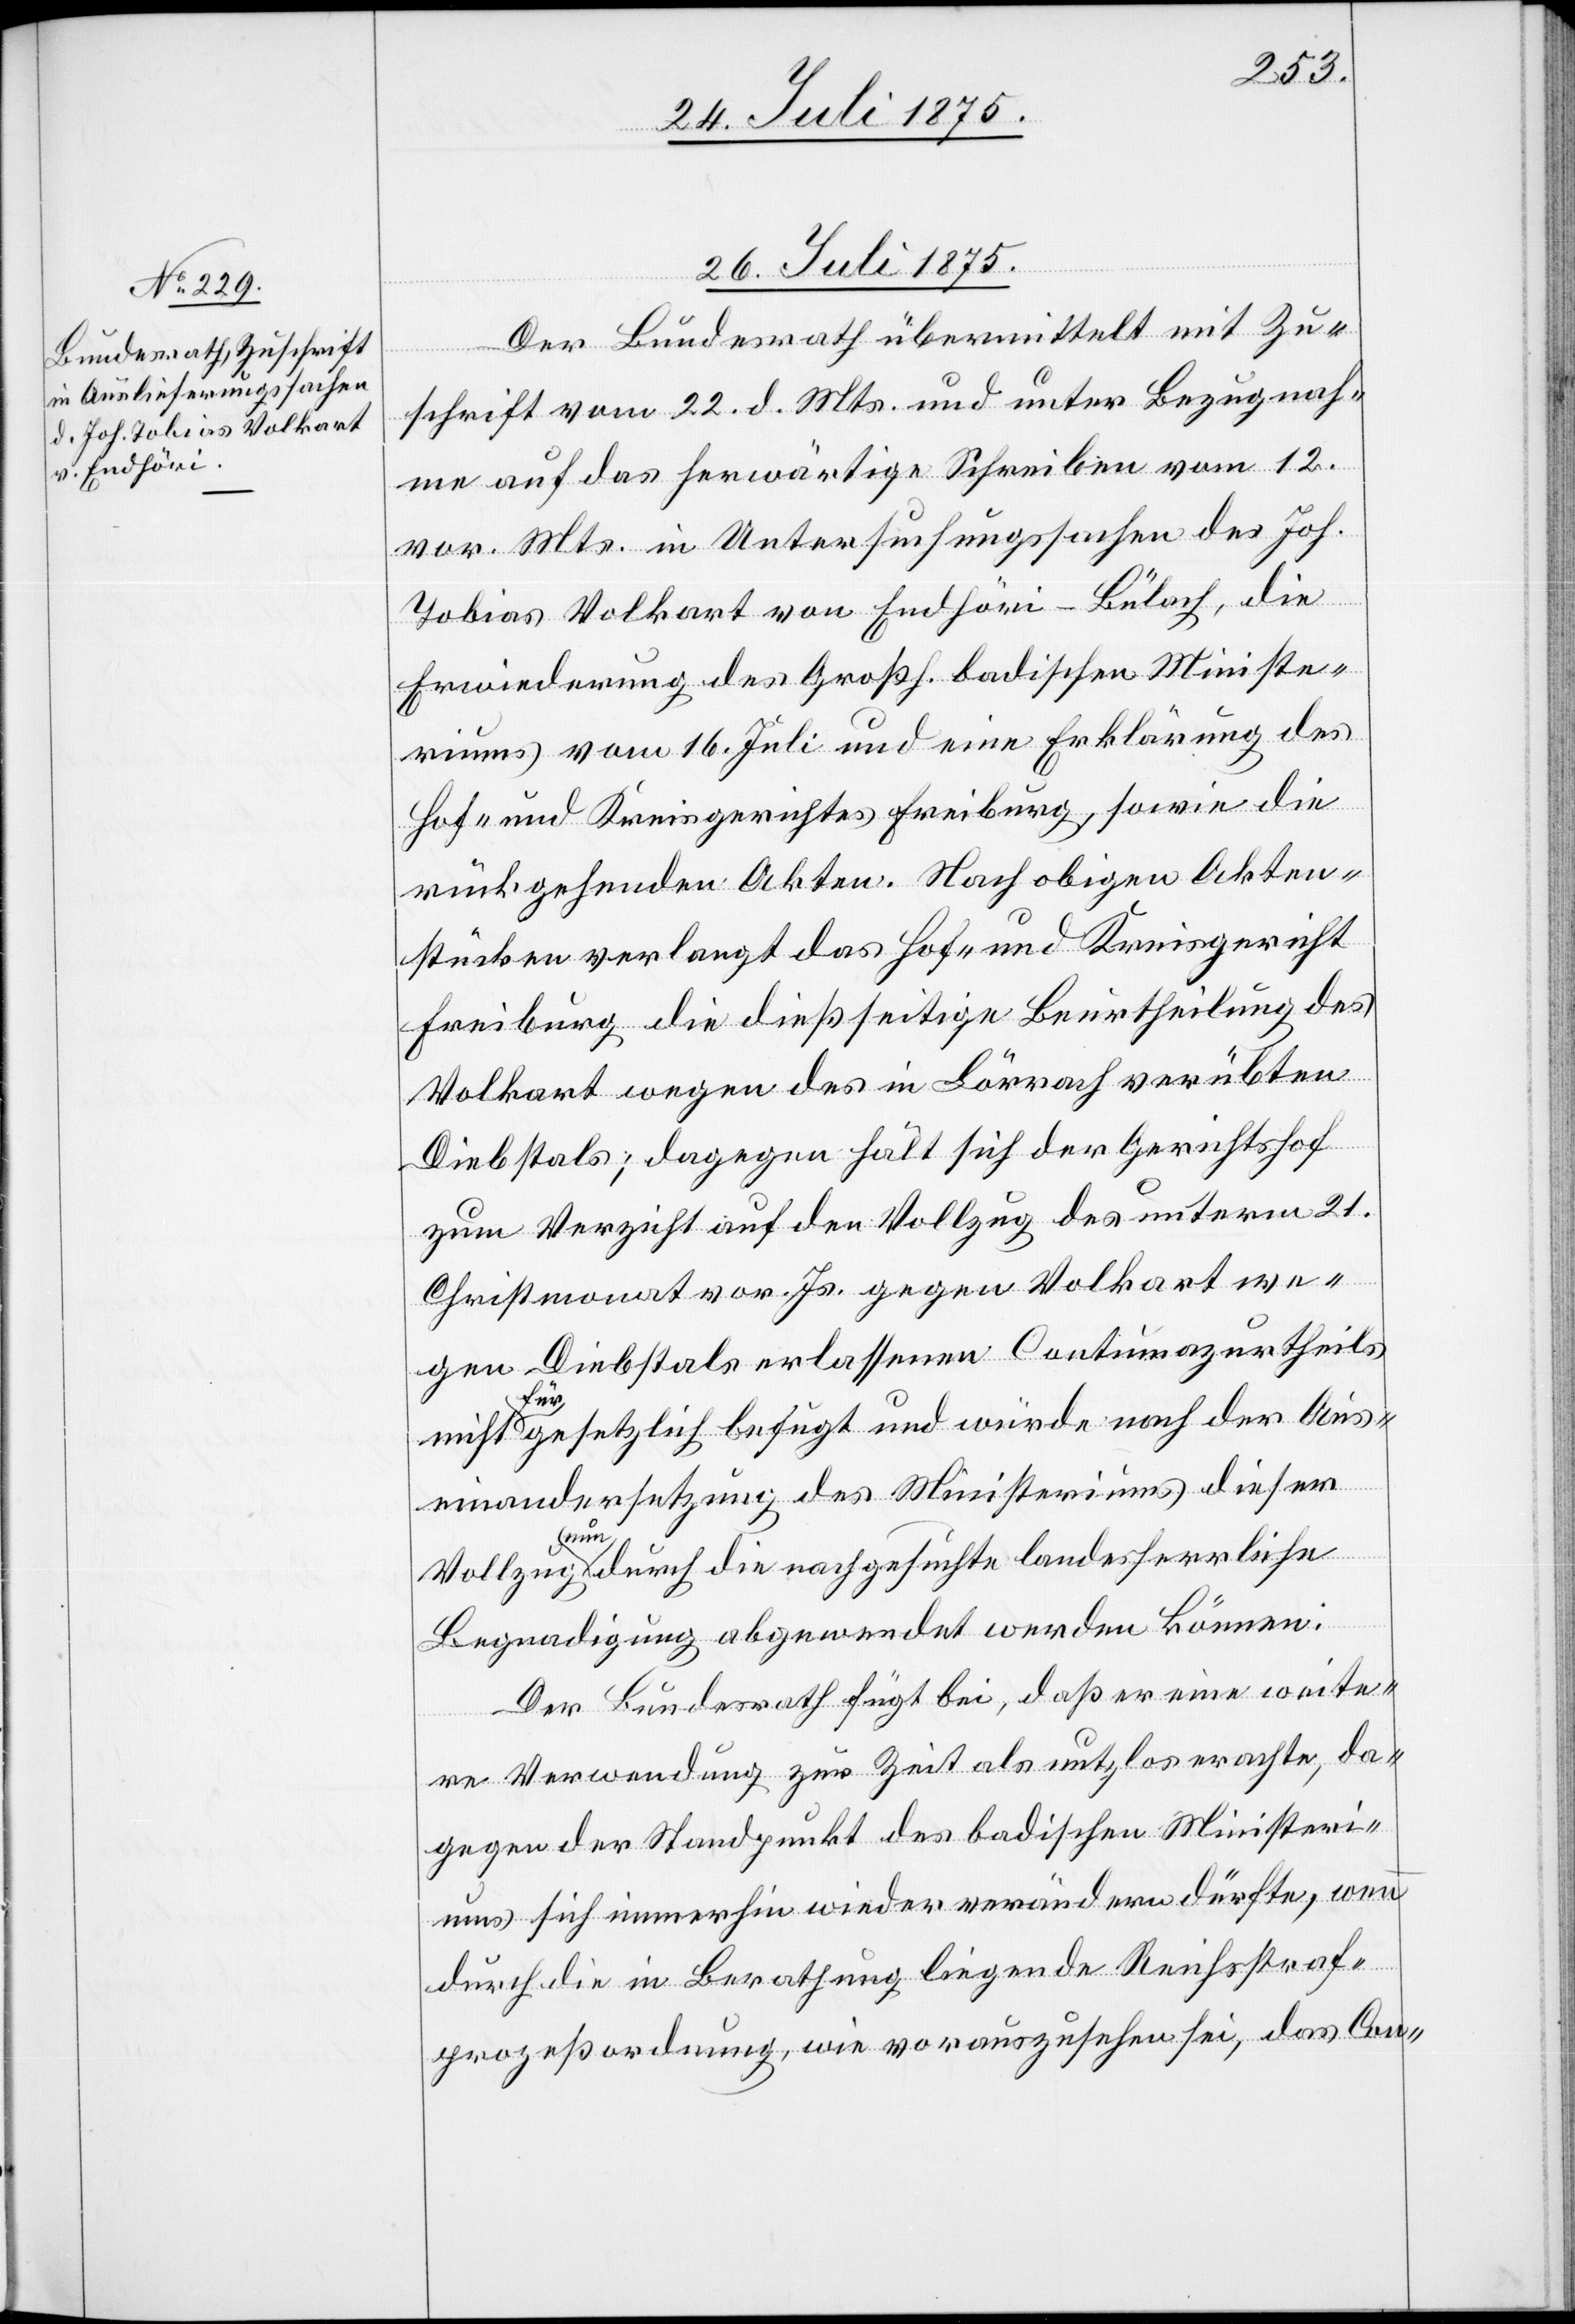
26. Juli 1875.
Der Bundesrath übermittelt mit Zu¬
schrift vom 22. d. Mts. und unter Bezugnah¬
me auf das herwärtige Schreiben vom 12.
vor. Mts. in Untersuchungssachen des Joh.
Tobias Volkart von Endhöri - Bülach, die
Erwiederung des Großh. badischen Ministe¬
riums vom 16. Juli und eine Erklärung des
Hof- und Kreisgerichtes Freiburg, sowie die
rückgehenden Akten. Nach obigen Akten¬
stücken verlangt das Hof- und Kreisgericht
Freiburg die dießseitige Beurtheilung des
Volkart wegen des in Lörrach verübten
Diebstals; dagegen hält sich der Gerichtshof
zum Verzicht auf den Vollzug des unterm 21.
Christmonat vor. Js. gegen Volkart we¬
gen Diebstals erlassenen Contumazurtheils
nicht für gesetzlich befugt und würde nach der Aus¬
einandersetzung des Ministeriums dieser
Vollzug nun durch die nachgesuchte landesherrliche
Begnadigung abgewendet werden können:
Der Bundesrath fügt bei, daß er eine weite¬
re Verwendung zur Zeit als nutzlos erachte, da¬
gegen der Standpunkt des badischen Ministeri¬
ums sich immerhin wieder verändern dürfte, wenn
durch die in Berathung liegende Reichsstraf¬
prozeßordnung, wie vorauszusehen sei, das Con-